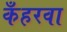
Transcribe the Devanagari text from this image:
कँहरवा